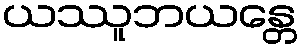
ယဿူဘယန္တေ